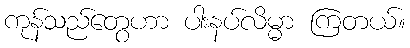
ကုန်သည်တွေဟာ ပါးနပ်လိမ္မာ ကြတယ်။